King Institute of Preventive Medicine Micro-Biological Section reports 1912-19
Year: 1912
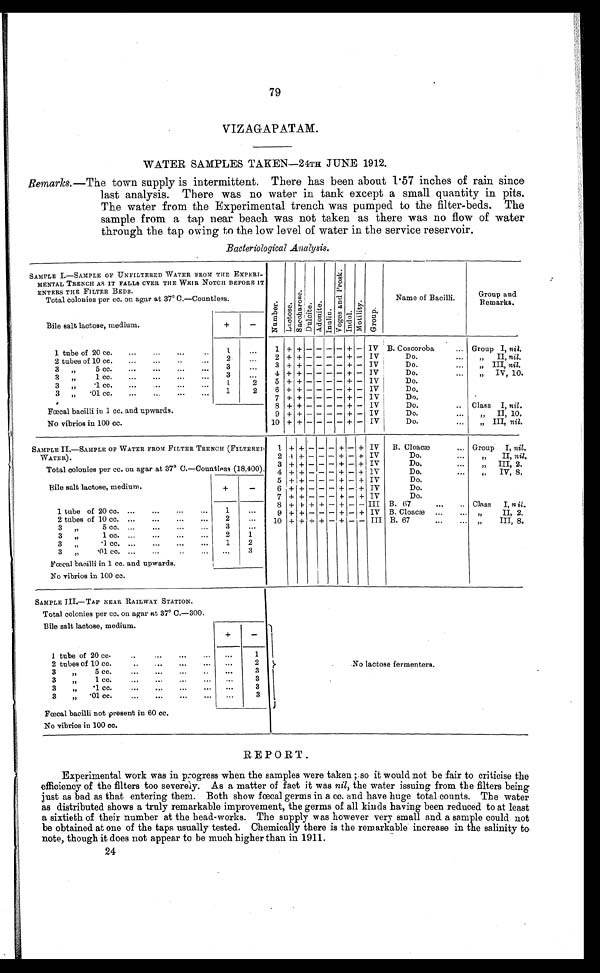
.No lactose fermenters.
1
2
3
3
3
3
79
VIZAGAPATAM.
WATER SAMPLES TAKEN-24TH JUNE 1912.
Remarks.—The town supply is intermittent. There has been about 1 . 57 inches of rain since
last analysis. There was no water in tank except a small quantity in pits.
The water from the Experimental trench was pumped to the filter-beds. The
sample from a tap near beach was not taken as there was no flow of water
through the tap owing to the low level of water in the service reservoir.
Bacteriological Analysis.
SAMPLE I.— SAMPLE OF UNFILTERED WATER FROM
MENTAL TRENCH AS IT FALLS OVER THE WEIR NOTCH
ENTERS THE FILTER BEDS.
Total colonies per cc. on agar at 37° C.—Countless.
Bile salt lactose, medium.
THE EXPERI-
BEFORE IT
c.3
O
ca
•-•
!
0
.9]
c/2
o
H
e°) 75;
bA
o
1'1' 3
•
:74
0
H .0
O
0
Name of Bacilli.
Group and
Remarks.
1 tube of 20 cc.
2 tubes of 10 cc.
3
5 cc.
•••
3
1 cc.
•••
3
•1 cc.
3
•01 cc.
2
3
3
1
1
2
2
1 + +
2 + +
3
+
4 + +
5 + +
6 + +
7 + +
IV
IV
IV
IV
IV
IV
IV
B. Coscoroba
Do.
Do.
Do.
I
Do.
Do.
Do.
Group I, nil.
„
II, nil.
„ III, nil.
„
IV, 10.
Fcecal bacilli in 1 cc. and upwards.
8 + +
9 + +
IV
IV
Do.
Do.
Class I, nil.
„
II, 10.
No vibrios in 100 cc.
10 + +
IV
Do.
„ III, nil.
SAMPLE IL—SAMPLE OF WATER FROM FILTER TRENCH (FILTERED
IV
B. Cloaca,
Group I, nil.
WATER).
Total colonies per cc. on agar at 37° C.—Countless (18,400).
2 .1
3
4
IV
IV
1V
Do.
Do.
Do.
,,
If
II, nil.
III, 2.
IV, 8.
5
IV
Do.
Bile salt lactose, medium.
6
IV
Do.
7
4-
IV
Do.
1 tube of 20 cc.
• • •
1
2 tubes of 10 cc. •. •
2
3
5 cc.
3
S
9
10
+
+
+
III
IV
III
B. 67
B. Cloaca)
B. 67
Class
„
I, n it.
II, 2.
III, 8.
3
1 cc.
2
1
3
•1 cc.
1
2
3
.01 cc.
3
Fcecal bacilli in 1 cc. and upwards.
No vibrios in 100 cc.
phi
SAMPLE III.—TAP NEAR RAILWAY STATION.
Total colonies per cc. on agar at 37° C.-300.
Bile salt lactose, medium.
1 tube of 20 co.
2 tubes of 10 cc.
3
5 cc.
•••
•••
3
1 cc.
3
•1 cc.
3
•01 cc.
•••
Fcecal bacilli not present in 60 cc.
No vibrios in 100 cc.
REPORT.
Experimental work was in p, ogress when the samples were taken ; so it would not be fair to criticise the
efficiency of the filters too severely. As a matter of fact it was nil, the water issuing from the filters being
just as bad as that entering them. Both show foetal germs in a cc. and have huge total counts. The water
as distributed shows a truly remarkable improvement, the germs of all kinds having been reduced to at least
a sixtieth of their number at the head-works. The supply was however very small and a sample could not
be obtained at one of the taps usually tested. Chemically there is the remarkable increase in the salinity to
note, though it does not appear to be much higher than in 1911.
24